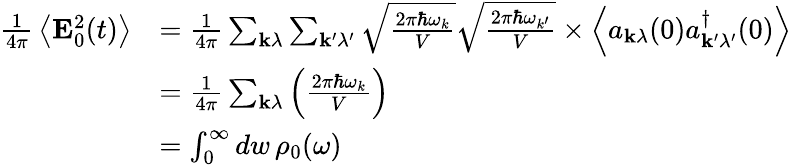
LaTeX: {\begin{array}{rl}{{\frac{1}{4\pi}}\left\langle\mathbf{E}_{0}^{2}(t)\right\rangle}&{={\frac{1}{4\pi}}\sum_{\mathbf{k}\lambda}\sum_{\mathbf{k^{\prime}}\lambda^{\prime}}{\sqrt{\frac{2\pi\hbar\omega_{k}}{V}}}{\sqrt{\frac{2\pi\hbar\omega_{k^{\prime}}}{V}}}\times\left\langle a_{\mathbf{k}\lambda}(0)a_{\mathbf{k^{\prime}}\lambda^{\prime}}^{\dagger}(0)\right\rangle}\\ &{={\frac{1}{4\pi}}\sum_{\mathbf{k}\lambda}\left({\frac{2\pi\hbar\omega_{k}}{V}}\right)}\\ &{=\int_{0}^{\infty}dw\, \rho_{0}(\omega)}\end{array}}